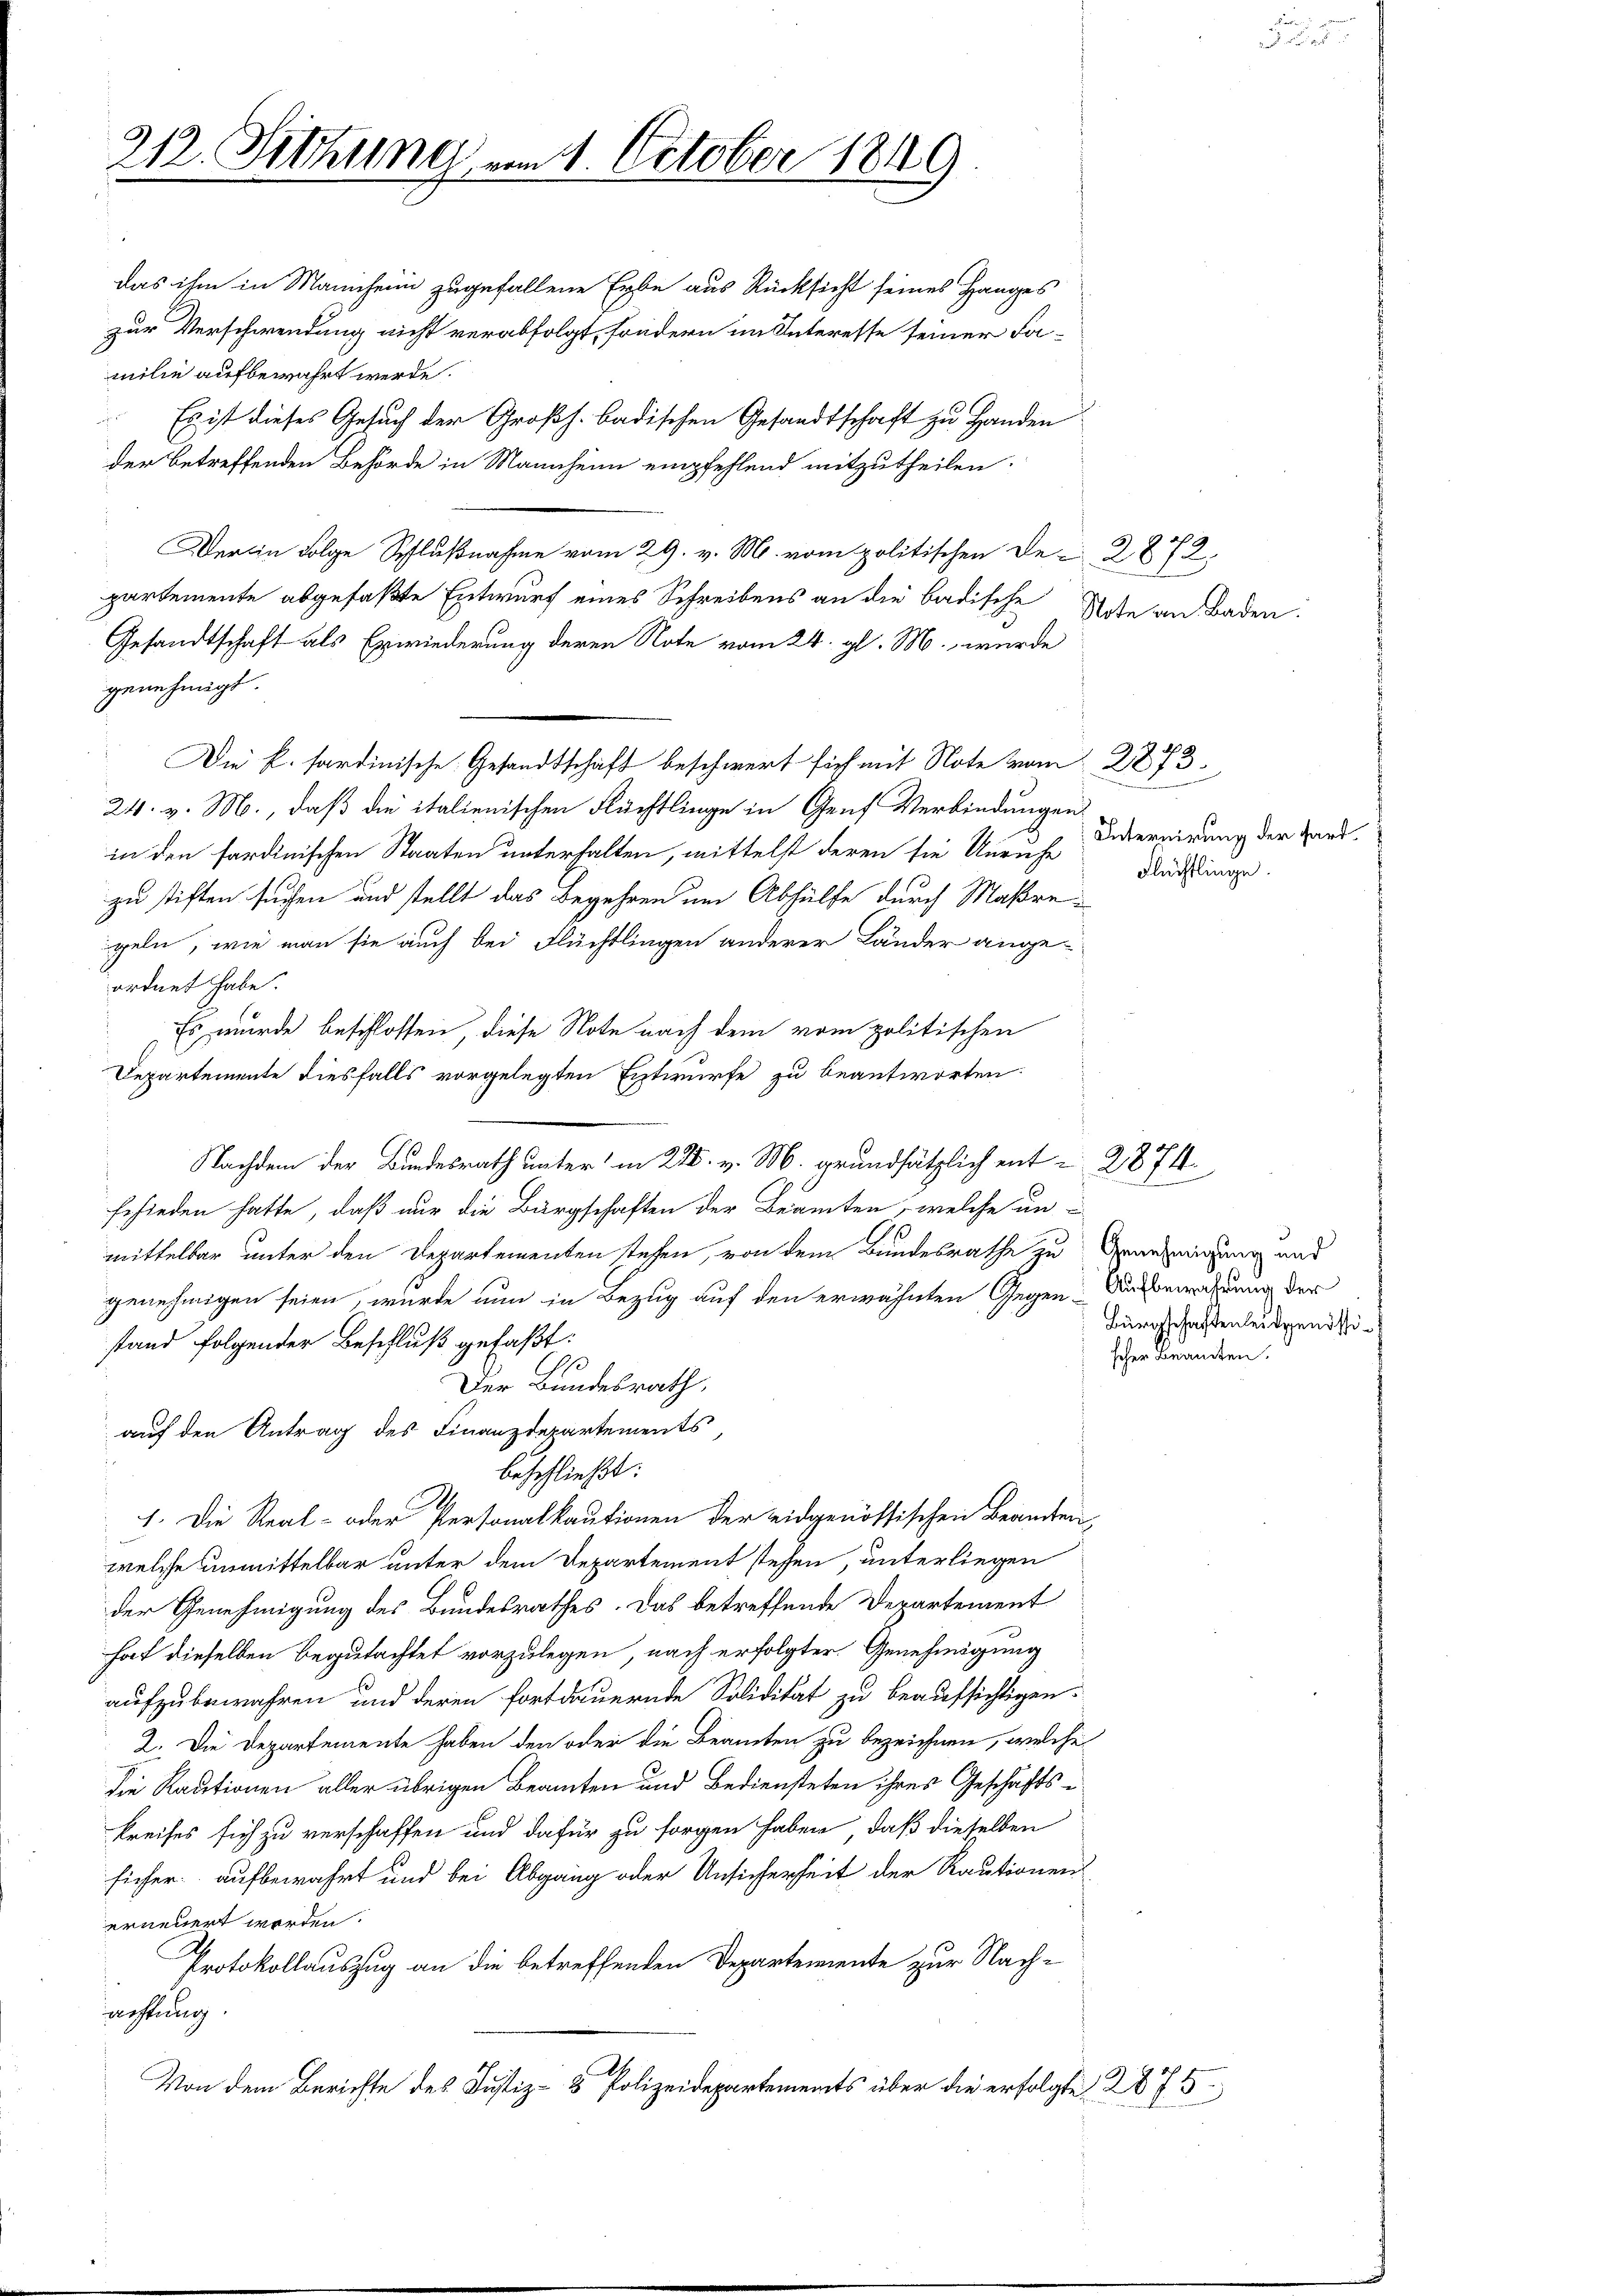
212. Sitzung am 1. October 1849

das ihm in Mannchein zugefallene Erbe aus Rücksicht seines Hanges
zur Verschwendung nicht verabfolgt, sondern im Interesse seiner Fa-
milie aufbewahrt werde.
Es ist dieses Gesuch der Großh. badischen Gesandtschaft zu Handen
der betreffenden Behörde in Mannheim empfehlend mitzutheilen.
Der in Folge Schlußnahme vom 29. v. M. vom politischen De-2872,
partemente abgefaßte Entwurf eines Schreibens an die badische
Gesandtschaft als Erwiederung deren Note vom 24. gl. M., wurde
genehmigt.
Die k. Sardinische Gesandtschaft beschwert sich mit Note vom 2873.
24. v. M., daß die italienischen Flüchtlinge in Genf Verbindungen
in den sardinischen Staaten unterhalten, mittelst deren sie Unruhe Internirung der Hardzu stiften suchen und stellt das Begehren um Abhülfe durch Maßregeln, wie man sie auch bei Flüchtlingen anderer Länder angeordnet habe.
Es wurde beschlossen, diese Note nach dem vom politischen
Departemente diesfalls vorgelegten Entwurfe zu beantworten
Nachdem der Bundesrath unter in 225. v. M. grundsätzlich ent-2874.
schieden hatte, daß nur die Bürgschaften der Beamten, welche un
mittelbar unter den Departementen stehen, von dem Bundesrathe zu Genehmigung und
genehmigen seien, wurde nun in Bezug auf den erwähnten Gegen Aufbewahrung der
stand folgender Beschluß gefaßt:
h
Der Bundesrath,
auf den Antrag des Finanzdepartements,
beschließt:
1. Die Real- oder Personalkautionen der eidgenössischen Beamten
welche unmittelbar unter dem Departement stehen, unterliegen
der Genehmigung des Bundesrathes. Das betreffende Departement
hat dieselben begutachtet vorzulegen, nach erfolgter Genehmigung
aufzubewahren und deren fortdauernde Solidität zu beaufsichtigen.
2. Die Departemente haben den oder die Beamten zu bezeichnen, welche
die Rautionen aller übrigen Beamten und Bediensteten ihres Geschäftskreises sich zu verschaffen und dafür zu sorgen haben, daß dieselben
sicher aufbewahrt und bei Abgang oder Unsicherheit der Rautionen
erneuert worden.
Protokollauszug an die betreffenden Departemente zur Nach-
achtung.
Von dem Berichte des Justiz- & Polizeidepartements über die erfolgte 2875

Note an Baden

Flüchtlinge.

Bürgschaftenleidgenössischer Beanten.